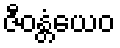
ဇီဝန္တံယေဝ